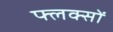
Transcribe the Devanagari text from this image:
फ्लक्सों